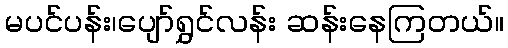
မပင်ပန်း၊ပျော်ရွှင်လန်း ဆန်းနေကြတယ်။